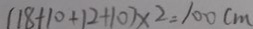
( 1 8 + 1 0 + 1 2 + 1 0 ) \times 2 = 1 0 0 c m